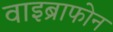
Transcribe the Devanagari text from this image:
वाइब्राफोन